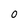
Character: 0